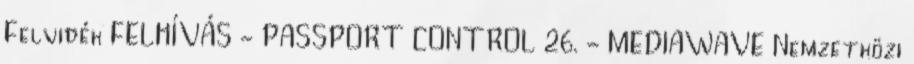
Felvidék FELHÍVÁS - PASSPORT CONTROL 26. - MEDIAWAVE Nemzetközi